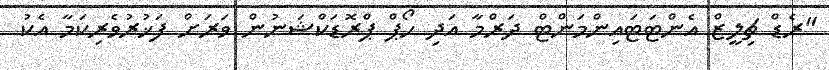
"ރެޑް ޗިލީޒް އެންޓަޓައިންމަންޓް ދަރްމާ އަދި ހޯޕް ޕްރޮޑަކްޝަނުން ވަރަށް ފަޚުރުވެރިކަމާ އެކު